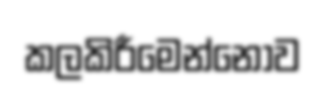
කලකිරීමෙන්නොව